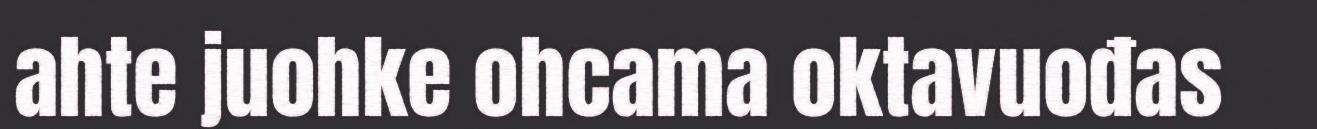
ahte juohke ohcama oktavuođas